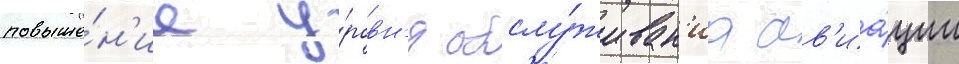
повыше́н'ие у́ровн'я обслу́живан'иа ав'иа́ции